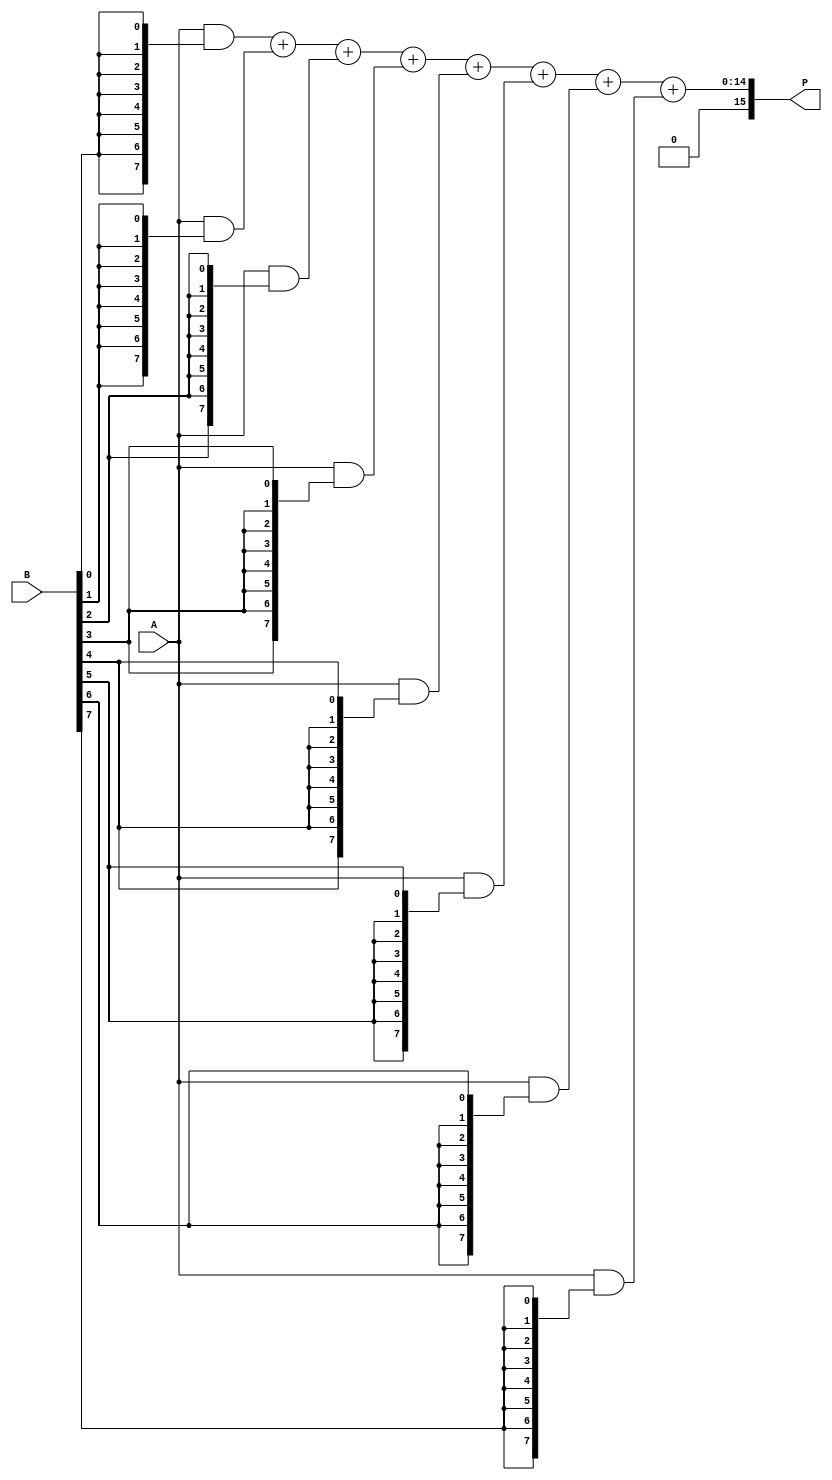
module AdaptiveWallaceTreeMultiplier #(parameter N = 8) (  // N can be adjusted for different bit-widths
    input [N-1:0] A,
    input [N-1:0] B,
    output reg [2*N-1:0] P
);
    // Step 1: Generate Partial Products
    wire [N-1:0] pp [0:N-1];  // Array of partial products
    genvar i, j;
    generate
        for (i = 0; i < N; i = i + 1) begin : partial_product_gen
            assign pp[i] = A & {N{B[i]}};
        end
    endgenerate

    // Step 2: Wallace Tree Reduction
    wire [2*N-1:0] sum [0:2*N-1];  // Intermediate sums
    wire [N:0] carry;                // Carry for the adders
    reg [2*N-1:0] reduction_result;
    
    // Function to add three inputs with carry (Wallace Tree style)
    function [2*N-1:0] wallace_adder_3;
        input [2*N-1:0] a, b, c;
        begin
            {carry, wallace_adder_3} = a + b + c;
        end
    endfunction
    
    // Adaptive Reduction based on input size
    integer stage;
    always @* begin
        reduction_result = {2*N{1'b0}};  // Initialize result
        for (stage = 0; stage < N; stage = stage + 1) begin
            case (stage)
                0: begin
                    // First reduction stage (group into sets of three)
                    reduction_result = wallace_adder_3(pp[0], pp[1], pp[2]);
                end
                1: begin
                    reduction_result = wallace_adder_3(reduction_result, pp[3], pp[4]);
                end
                2: begin
                    reduction_result = wallace_adder_3(reduction_result, pp[5], pp[6]);
                end
                // Add more stages as needed for larger bit-widths
            endcase
        end
        
        // Final addition (assuming you have reduced down to two primary sums)
        P = reduction_result + pp[7];
    end

endmodule